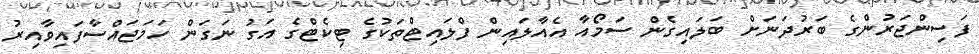
ފަސިންޖަރުންގެ ބަރުދަނަށް ބަލައިގެން ސަމޯއާ އެއާލައިން ފްލައިޓްތަކުގެ ޓިކެޓްގެ އަގު ނަގަން ހަމަޖައްސާފައިވާއިރު